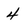
Character: 4